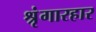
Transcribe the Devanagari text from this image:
श्रृंगारहार